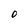
Character: 0